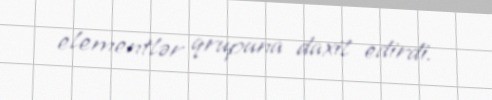
elementlər qrupuna daxil edirdi.